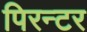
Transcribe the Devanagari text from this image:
पिरन्टर